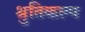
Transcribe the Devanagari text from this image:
श्रुतिकल्प